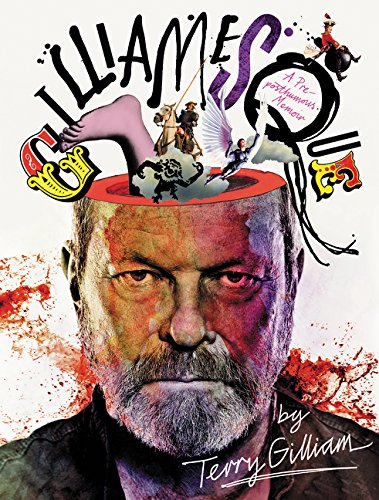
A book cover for Gilliamesque: A Pre-posthumous Memoir; Terry Gilliam; Humor & Entertainment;